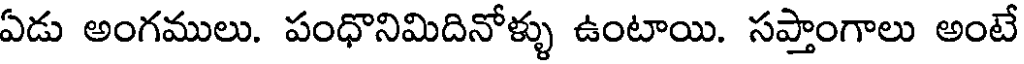
ఏడు అంగములు. పంధొనిమిదినోళ్ళు ఉంటాయి. సప్తాంగాలు అంటే